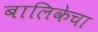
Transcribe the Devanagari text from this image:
बालिकेचा